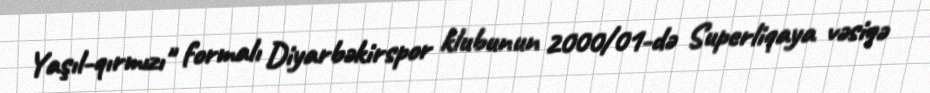
Yaşıl-qırmızı" formalı Diyarbəkirspor klubunun 2000/01-də Superliqaya vəsiqə